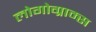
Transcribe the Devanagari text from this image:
लोगोग्राम्स